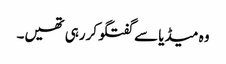
وہ میڈیا سے گفتگو کررہی تھیں۔